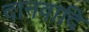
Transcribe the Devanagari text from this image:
दानवादि